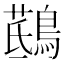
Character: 𪃖